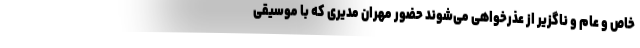
خاص و عام و ناگزیر از عذرخواهی می‌شوند حضور مهران مدیری که با موسیقی